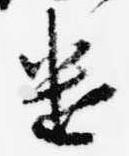
遣